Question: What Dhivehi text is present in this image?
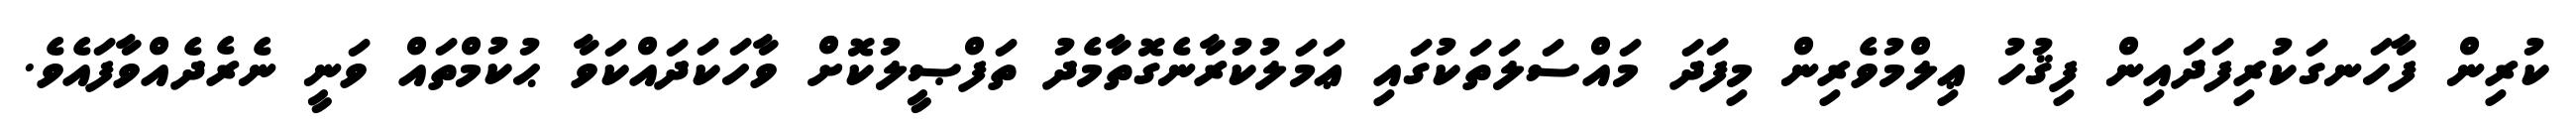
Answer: ކުރިން ފާހަނގަކުރިފަދައިން ފިޤުހު ޢިލްމުވެރިން މިފަދަ މައްސަލަތަކުގައި ޢަމަލުކުރާނެގޮތާމެދު ތަފްޞީލުކޮށް ވާހަކަދައްކަވާ ޙުކުމްތައް ވަނީ ނެރެދެއްވާފައެވެ.